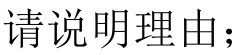
请说明理由；